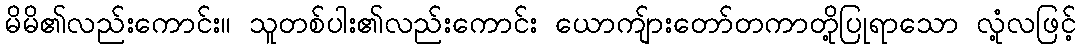
မိမိ၏လည်းကောင်း။ သူတစ်ပါး၏လည်းကောင်း ယောကျ်ားတော်တကာတို့ပြုရာသော လုံ့လဖြင့်